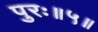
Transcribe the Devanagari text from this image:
पुरः॥५॥